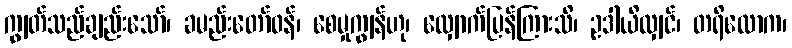
ကျွတ်သည်ချည်းသော်၊ ခမည်းတော်ဝန်၊ စေမှုကျွန်ဟု၊ လျှောက်ပြန်ကြားသိ၊ ဥဒါယိလျှင်၊ တရိလောက၊